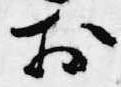
於